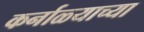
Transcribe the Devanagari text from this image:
कर्नाळ्याच्या